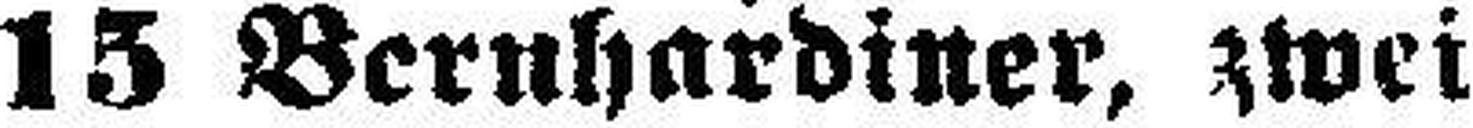
15 Bernhardiner, zwei